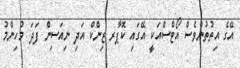
އޭގެ އިތުތުންވެސް އޯޓްސްއަކީ އޭގައި ކޮޕާރ ޒިންކް އަދި ނިއަސިން ފަދަ މުހިންމު